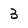
Character: 3